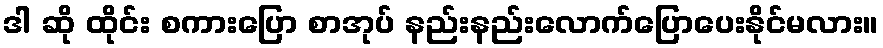
ဒါ ဆို ထိုင်း စကားပြော စာအုပ် နည်းနည်းလောက်ပြောပေးနိုင်မလား။